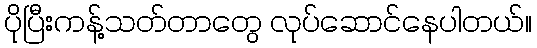
ပိုပြီးကန့်သတ်တာတွေ လုပ်ဆောင်နေပါတယ်။